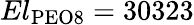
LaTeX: El_{\mathrm{PEO8}}=30323